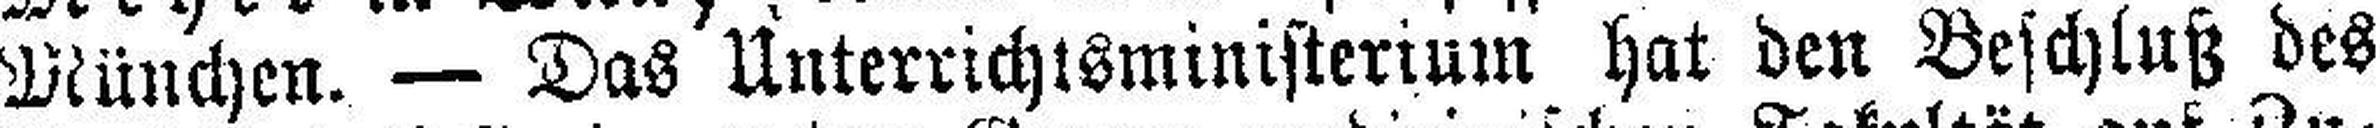
München. — Das Unterrichtsministerium hat den Beschluß des